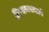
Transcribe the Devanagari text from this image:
क्रिसमसवर्ल्ड